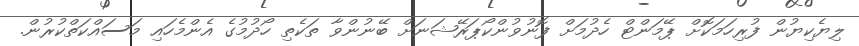
ލިޔެކިޔުން ފުރިހަމަކޮށް ޕޭމަންޓް ހެދުމަށް ފޮނުވުންކޯޕަރޭޝަނަށް ބޭނުންވާ ތަކެތި ހޯދުމުގެ އެންމެހައި މަސައްކަތްކުރުން.